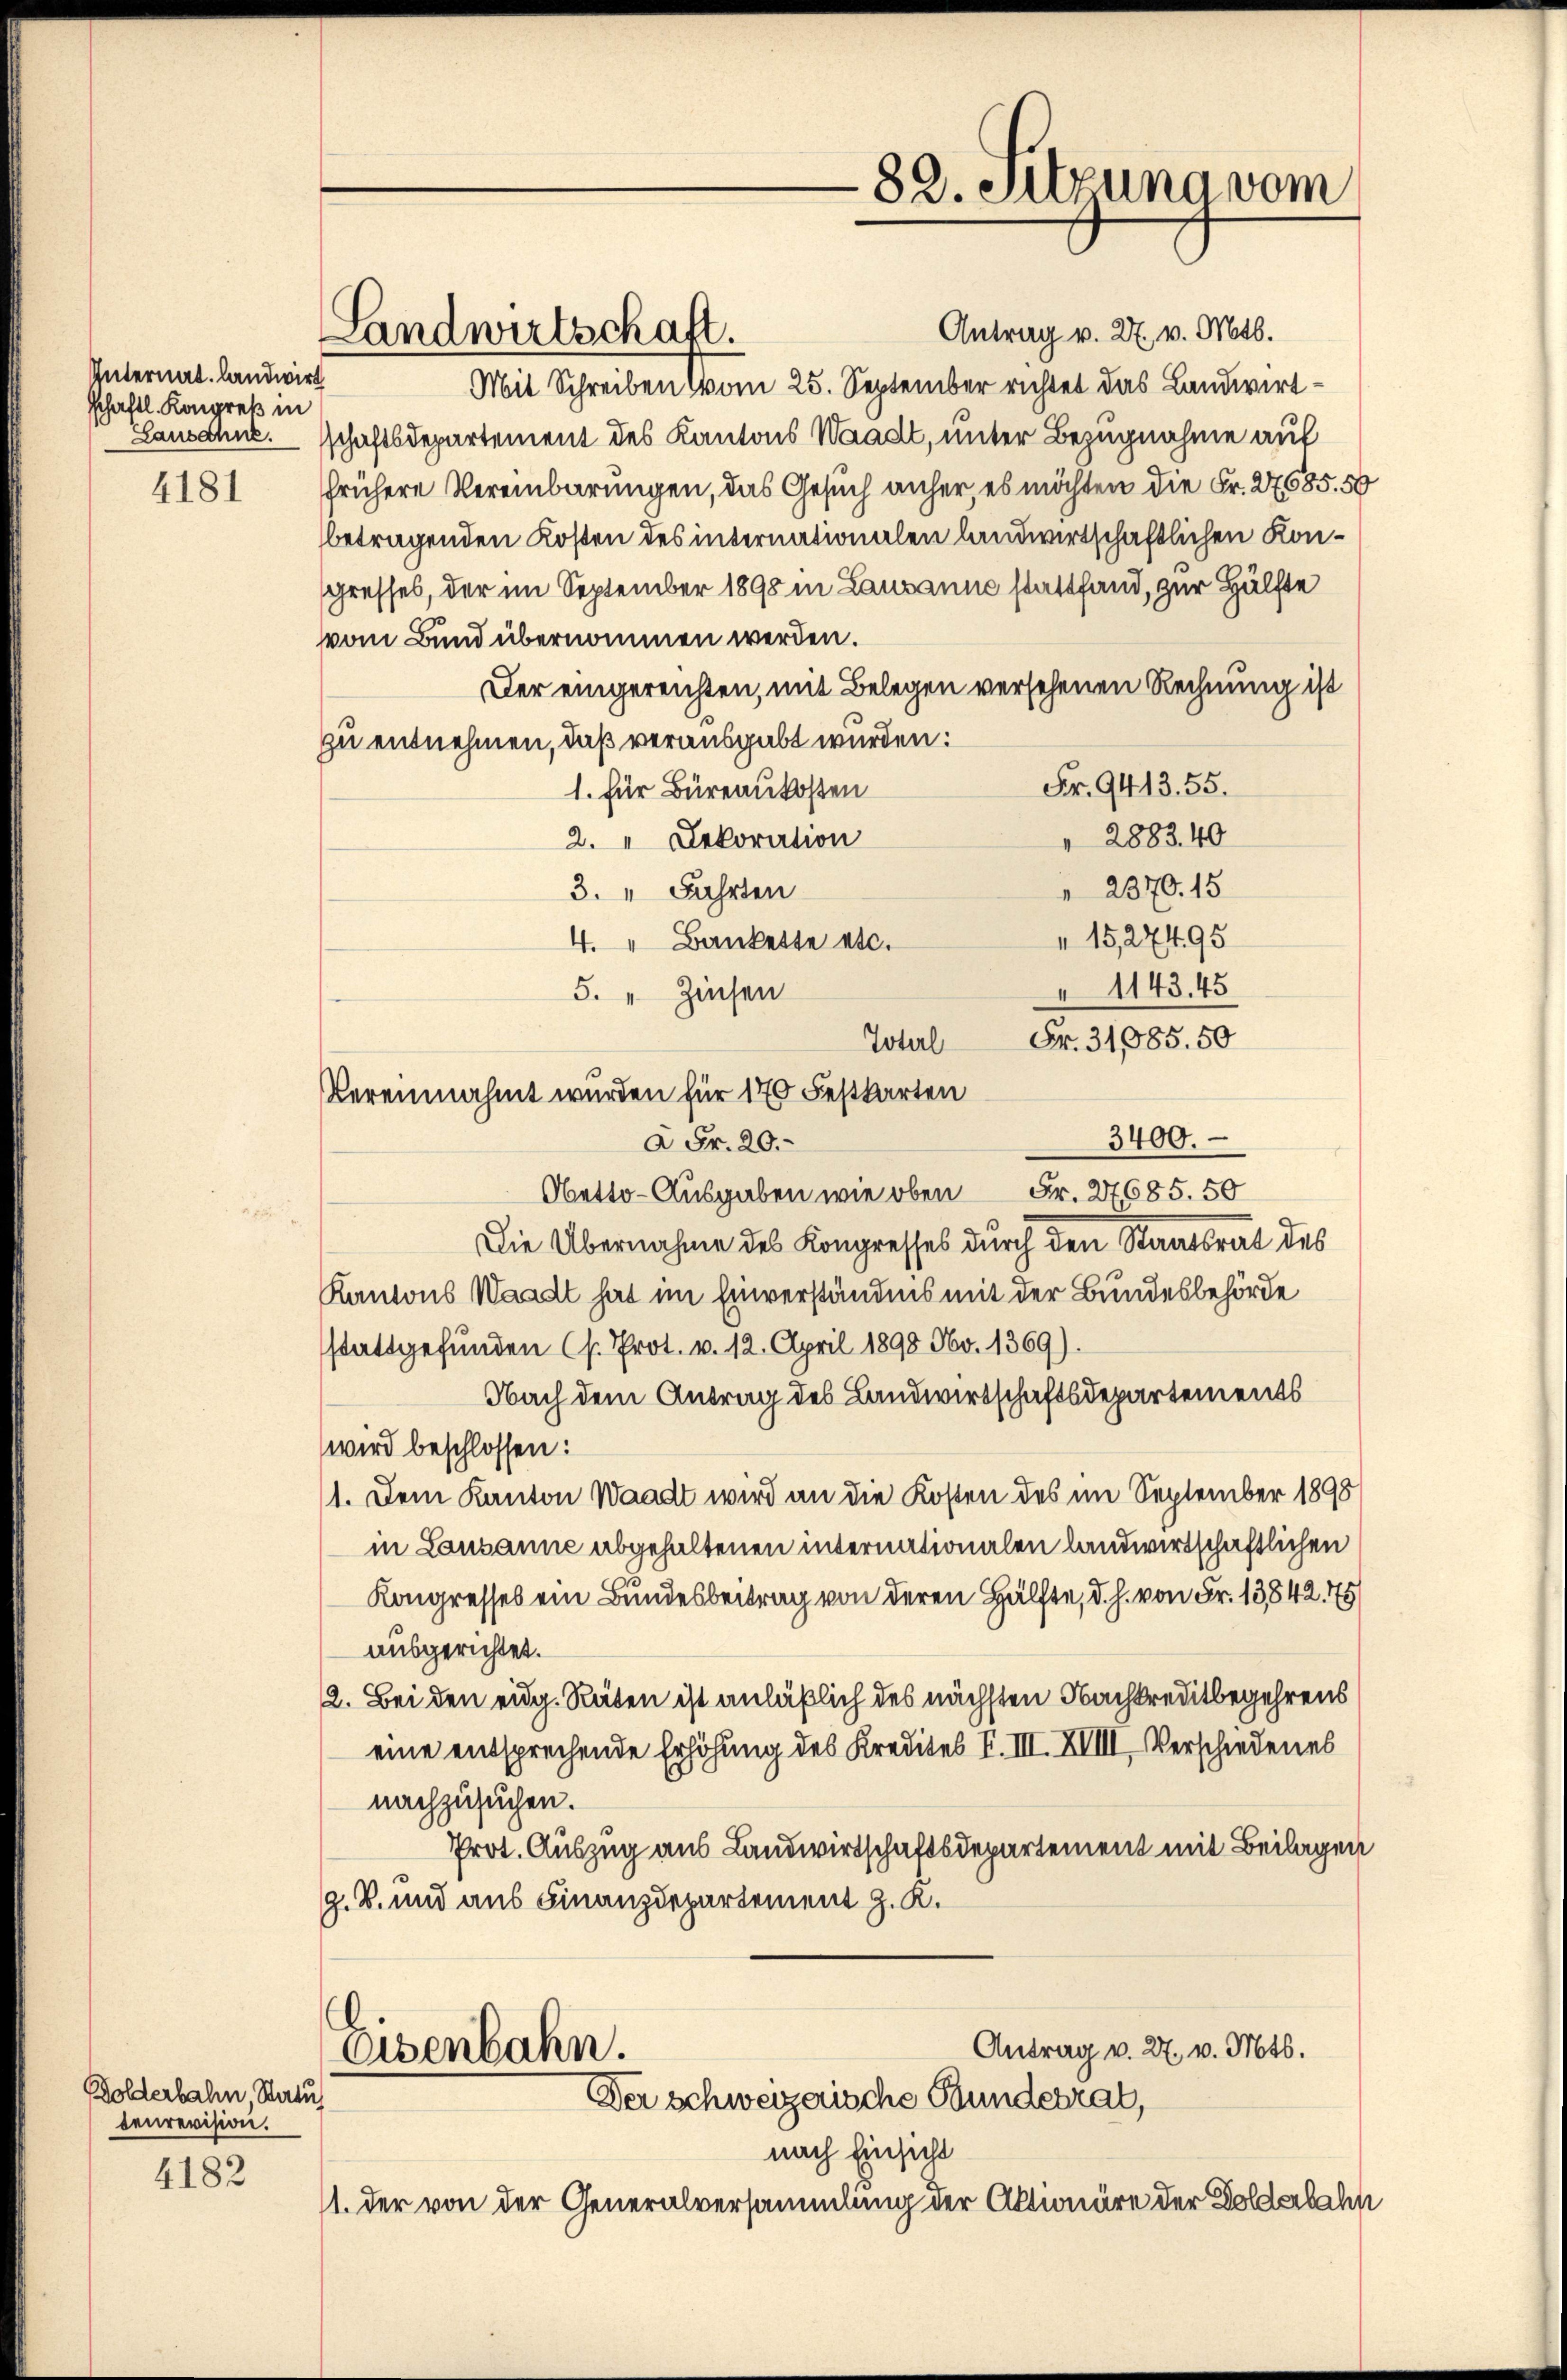
Unternal, landwirt
schaftl. Kongreß in
Lausahne.

4181

Dolderbahn, Status
tenrevision.

4182

Antrag v. 27. v. Mts.
Landwirtschaft.
Mit Schreiben vom 25. September richtet das Landwirtsschaftsdepartement des Kantons Waadt, unter Bezugnahme auf
frühere Vereinbarungen, das Gesuch anher es möchten die Fr. 27685. 50
betragenden Kosten des internationalen landwirtschaftlichen Kongresses, der im September 1898 in Lausanne stattfand, zur Hälfte
vom Bund übernommen werden.
Der eingereichten, mit Belegen versehenen Rechnung ist
zu entnehmen, daß verausgabt wurden:
Fr. 9413. 55.
1. für Büreaukosten
 2883.40
2." Dekoration
 2870. 15
3. " Fahrten
15,27495
4. " Bankette etc.
 1143. 45
5. " Zinsen
Fr. 31085. 50
Toterl
3400.
2 Fr. 20.
Obetto-Ausgaben wie oben Fr. 27685. 50
Die Übernahme des Kongresses durch den Staatsrat des
Kantons Waadt hat im Einverständnis mit der Bundesbehörde
stattgefunden (s. Prot. v. 12. April 1898 Nbv. 1369)
Nach dem Antrag des Landwirtschaftsdepartements
wird beschlossen:
1. Dem Kanton Waadt wird an die Kosten des im September 1898
in Lausanne abgehaltenen internationalen landwirtschaftlichen
Kongresses ein Bundesbeitrag von deren Hälfte, d. h. von Fr. 13,842. 775
ausgerichtet.
12. Bei den eidg. Räten ist anläßlich des nächsten Nachkreditbegehrens
eine entsprechende Erhöhung des Kredites I. III. XVIII. Verschiedenes
nachzusuchen.
Prot. Auszug aus Landwirtschaftsdepartement mit Beilagen
G. B. und aus Finanzdepartement J. K.

Vereinnahmt wurden für 176 Festkarten

82. Sitzuna vom

Antrag v. 27. v. Mts.
Eisenbahn.
Der Schweizerische Bundesrat,

nach Einsicht
11. der von der Generalversammlung der Aktionäre der Dolderbahn